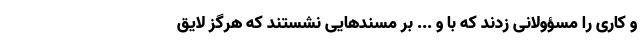
و کاری را مسؤولانی زدند که با و ... بر مسندهایی نشستند که هرگز لایق